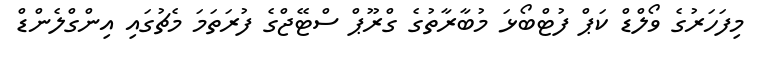
މިފަހަރުގެ ވޯލްޑް ކަޕް ފުޓްބޯޅަ މުބާރާތުގެ ގްރޫޕް ސްޓޭޖްގެ ފުރަތަމަ މެޗުގައި އިންގްލެންޑް